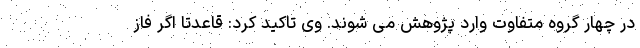
در چهار گروه متفاوت وارد پژوهش می شوند. وی تاکید کرد: قاعدتا اگر فاز